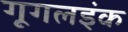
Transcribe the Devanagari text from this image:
गूगलइंक